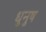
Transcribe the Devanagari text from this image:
धुनुष